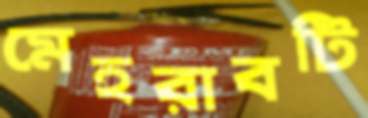
মেহরাবটি